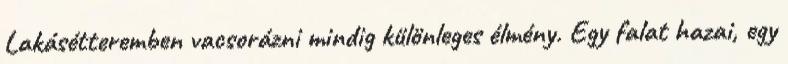
Lakásétteremben vacsorázni mindig különleges élmény. Egy falat hazai, egy